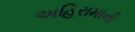
અહિરામાની